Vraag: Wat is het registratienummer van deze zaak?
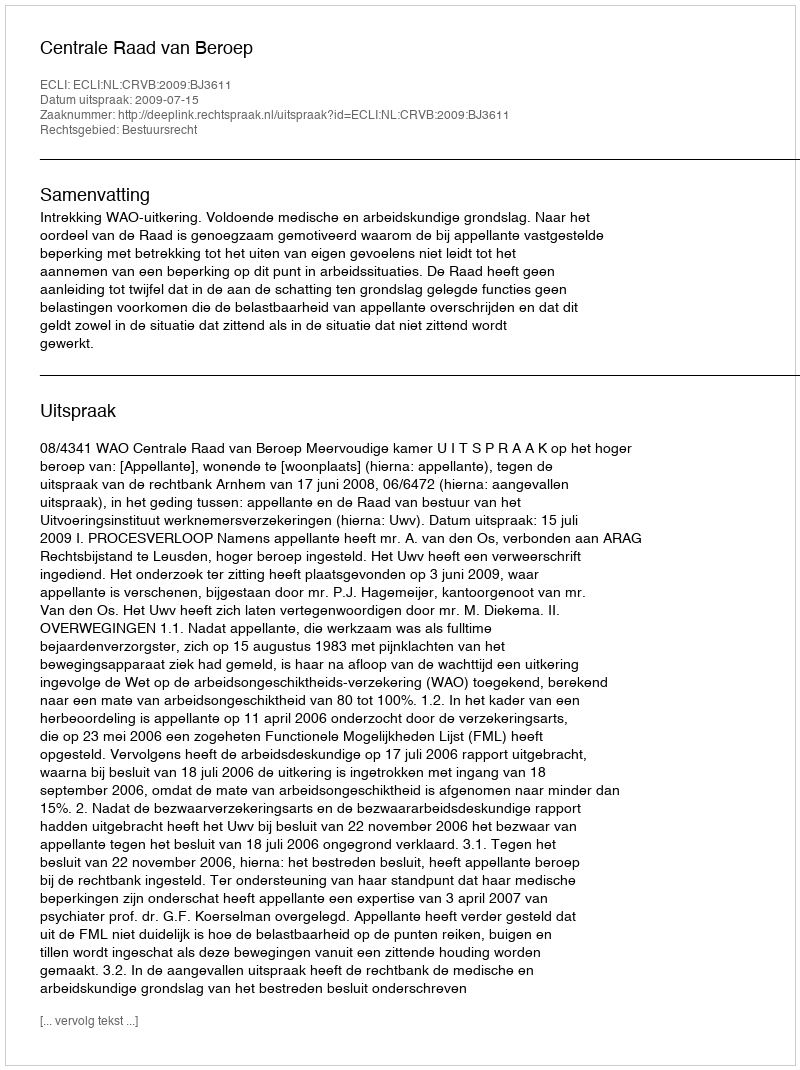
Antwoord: http://deeplink.rechtspraak.nl/uitspraak?id=ECLI:NL:CRVB:2009:BJ3611